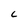
Character: c